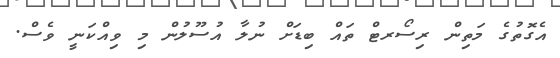
އެގޮތުގެ މަތިން ރިސޯރޓް ތައް ބިޑަށް ނުލާ އުސޫލުން މި ވިއްކަނީ ވެސް.